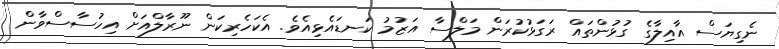
ނެގިޔަސް އާއިލާގެ ގުޅުންތައް ރަގަޅުކުރަން މަލްސާ އަޒުމު ކަނޑައެޅިއެވެ. އެކަހެރިކަން ނޫރާލްއަށް އިހުސާސްވާން